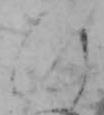
ひ